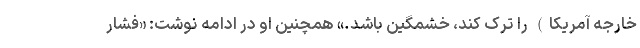
خارجه آمریکا) را ترک کند، خشمگین باشد.» همچنین او در ادامه نوشت: «فشار